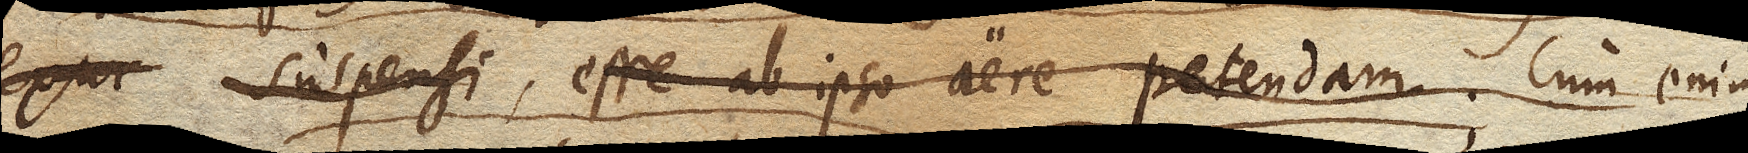
suspensi, esse ab ipso aere petendam suspensi esse petendam. Cum enim